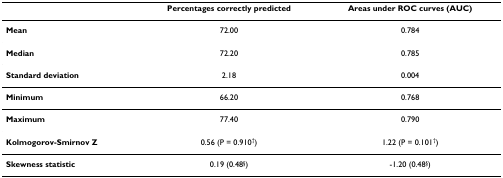
<table><thead><tr><td>[EMPTY_CELL]</td><td><b>Percentages correctly predicted</b></td><td><b>Areas under ROC curves (AUC)</b></td></tr></thead><tbody><tr><td><b>Mean</b></td><td>72.00</td><td>0.784</td></tr><tr><td><b>Median</b></td><td>72.20</td><td>0.785</td></tr><tr><td><b>Standard deviation</b></td><td>2.18</td><td>0.004</td></tr><tr><td><b>Minimum</b></td><td>66.20</td><td>0.768</td></tr><tr><td><b>Maximum</b></td><td>77.40</td><td>0.790</td></tr><tr><td><b>Kolmogorov-Smirnov Z</b></td><td>0.56 (P = 0.910<sup>†</sup>)</td><td>1.22 (P = 0.101<sup>†</sup>)</td></tr><tr><td><b>Skewness statistic</b></td><td>0.19 (0.48<sup>§</sup>)</td><td>-1.20 (0.48<sup>§</sup>)</td></tr></tbody></table>